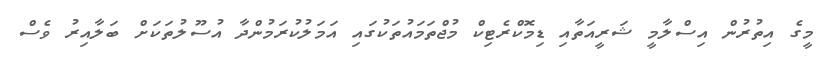
މީގެ އިތުރުން އިސްލާމީ ޝަރީއަތާއި ޑިމޮކްރެޓިކް މުޖްތަމައުތަކުގައި އަމަލުކުރަމުންދާ އުސޫލުތަކަށް ބަލާއިރު ވެސް